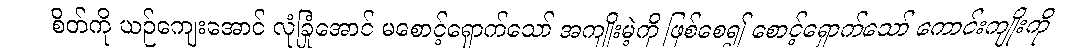
စိတ်ကို ယဉ်ကျေးအောင် လုံခြုံအောင် မစောင့်ရှောက်သော် အကျိုးမဲ့ကို ဖြစ်စေ၍ စောင့်ရှောက်သော် ကောင်းကျိုးကို